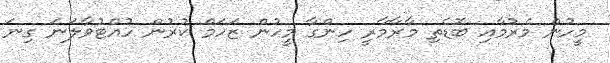
މީހުން މެރުމާއި ބޮޑެތި މާރާމާރީ ހިންގާ މީހުން ޒަހަމް ކުރުން ހުއްޓުވާލަނަ ގިނަ